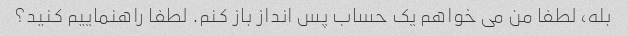
بله، لطفا من می خواهم یک حساب پس انداز باز کنم. لطفا راهنماییم کنید؟